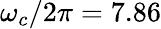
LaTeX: \omega_{c}/2\pi=7.86